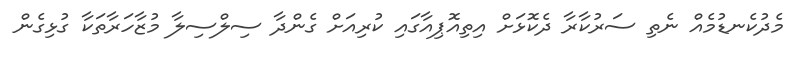
މެދުކެނޑުމެއް ނެތި ސަރުކާރާ ދެކޮޅަށް އިތިއޮޕިއާގައި ކުރިއަށް ގެންދާ ސިލްސިލާ މުޒާހަރާތަކާ ގުޅިގެން